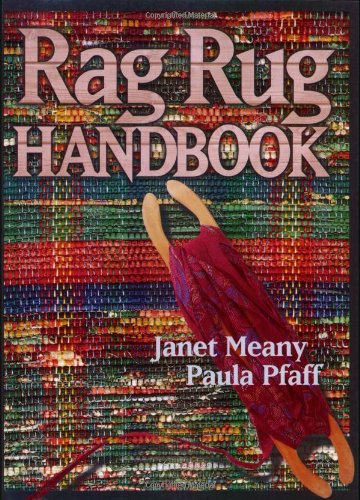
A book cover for The Rag Rug Handbook; Janet Meany; Crafts, Hobbies & Home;